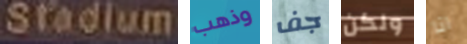
Stadium وذهب جف ولكن انا